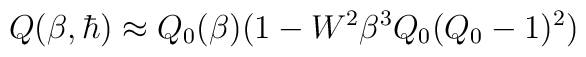
Q(\beta,\hbar)\approx Q_{0}(\beta)(1-W^{2}\beta^{3}Q_{0}(Q_{0}-1)^{2})